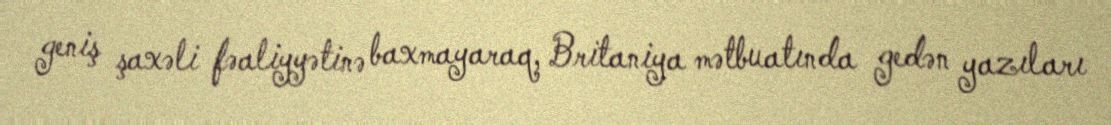
geniş şaxəli fəaliyyətinə baxmayaraq, Britaniya mətbuatında gedən yazıları